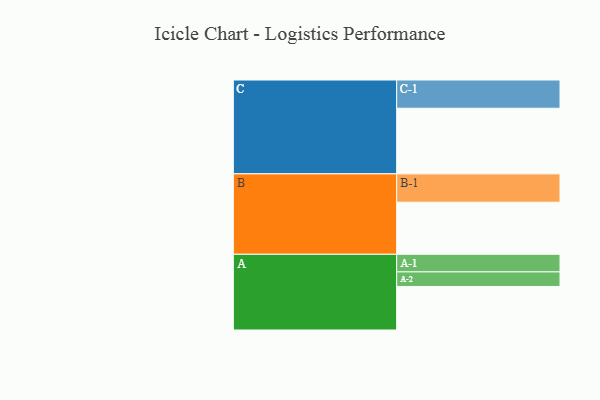
{"axis": {"x": "Segment", "y": "Value"}, "legend": ["", "A", "B", "C"], "data": [{"x": "A", "y": 376, "type": ""}, {"x": "B", "y": 450, "type": ""}, {"x": "C", "y": 567, "type": ""}, {"x": "A-1", "y": 152, "type": "A"}, {"x": "A-2", "y": 126, "type": "A"}, {"x": "B-1", "y": 245, "type": "B"}, {"x": "C-1", "y": 244, "type": "C"}]}